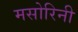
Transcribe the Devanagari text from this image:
मसोरिनी